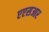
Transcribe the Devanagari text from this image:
एएसआर